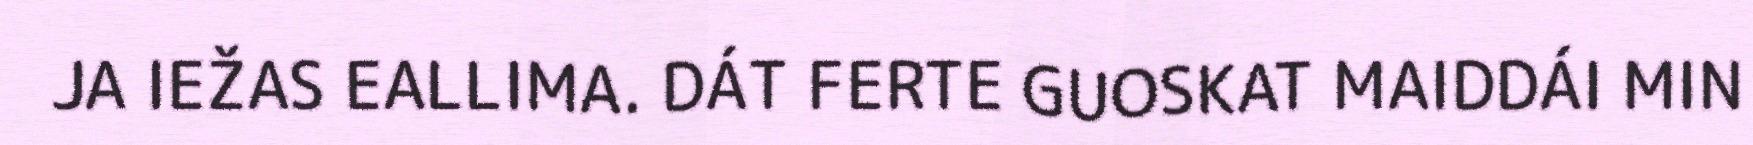
JA IEŽAS EALLIMA. DÁT FERTE GUOSKAT MAIDDÁI MIN